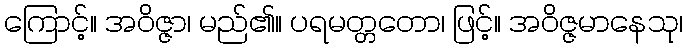
ကြောင့်။ အဝိဇ္ဇာ၊ မည်၏။ ပရမတ္တတော၊ ဖြင့်။ အဝိဇ္ဇမာနေသု၊